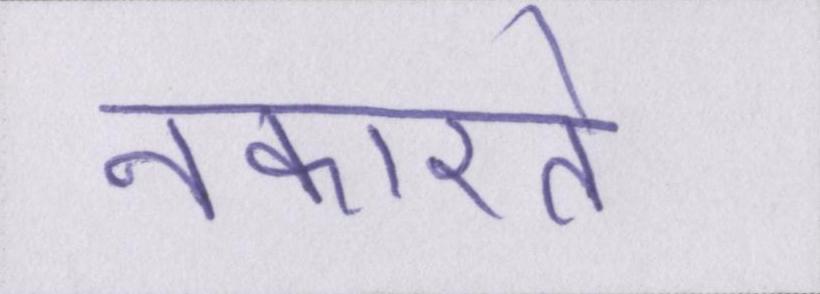
नकारते